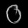
Digit: ၀